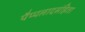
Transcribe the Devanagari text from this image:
पैप्पलादसंहिता